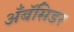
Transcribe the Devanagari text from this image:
अँबॅसिडर